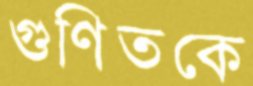
গুণিতকে